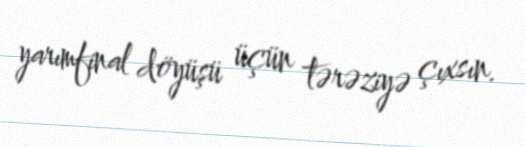
yarımfinal döyüşü üçün tərəziyə çıxsın.